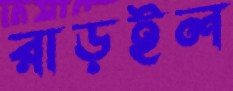
রাড়ইল